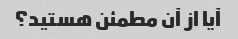
آیا از آن مطمئن هستید؟